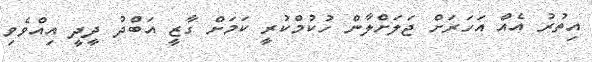
އިތުރު އެއް އަހަރަށް ޖަލަށްލާން ހުކުމްކުރީ ކަމަށް ގާޒީ އަބްދު ދީދީ އިއްވެވި